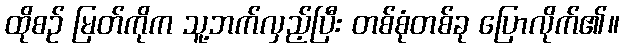
ထိုစဉ် မြတ်ကိုက သူ့ဘက်လှည့်ပြီး တစ်စုံတစ်ခု ပြောလိုက်၏။